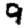
Digit: 9